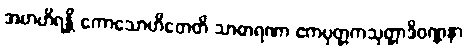
အဗာဟိရန္တိ ကောသောဟိတေတိ သာဓာရဏာ ဧကပုတ္တကသုတ္တာဒိဝဏ္ဏနာ